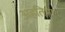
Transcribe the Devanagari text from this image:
अहतिमा